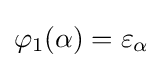
\varphi _{1}(\alpha )=\varepsilon _{\alpha }